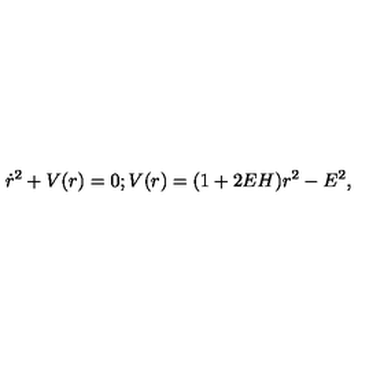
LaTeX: \dot { r } ^ { 2 } + V ( r ) = 0 ; V ( r ) = ( 1 + 2 E H ) r ^ { 2 } - E ^ { 2 } ,